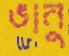
ভানু